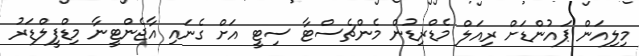
މިލިއަން ޕައުންޑަށް ރިއަލް މެޑްރިޑުން މެންޗެސްޓާ ސިޓީ އަށް ގެނައި އާޖެންޓީނާ މިޑްފީލްޑަރު